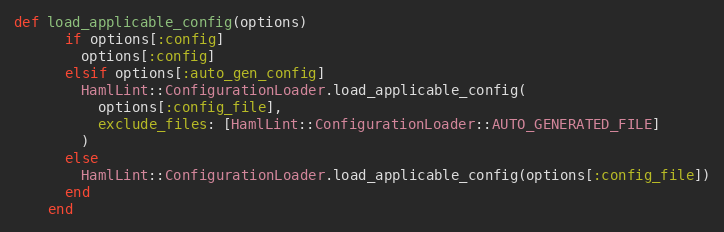
Language: Ruby
def load_applicable_config(options)
      if options[:config]
        options[:config]
      elsif options[:auto_gen_config]
        HamlLint::ConfigurationLoader.load_applicable_config(
          options[:config_file],
          exclude_files: [HamlLint::ConfigurationLoader::AUTO_GENERATED_FILE]
        )
      else
        HamlLint::ConfigurationLoader.load_applicable_config(options[:config_file])
      end
    end